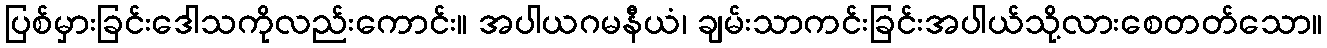
ပြစ်မှားခြင်းဒေါသကိုလည်းကောင်း။ အပါယဂမနီယံ၊ ချမ်းသာကင်းခြင်းအပါယ်သို့လားစေတတ်သော။